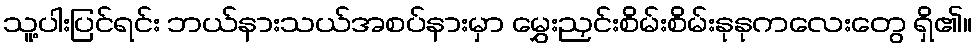
သူ့ပါးပြင်ရင်း ဘယ်နားသယ်အစပ်နားမှာ မွှေးညှင်းစိမ်းစိမ်းနုနုကလေးတွေ ရှိ၏။